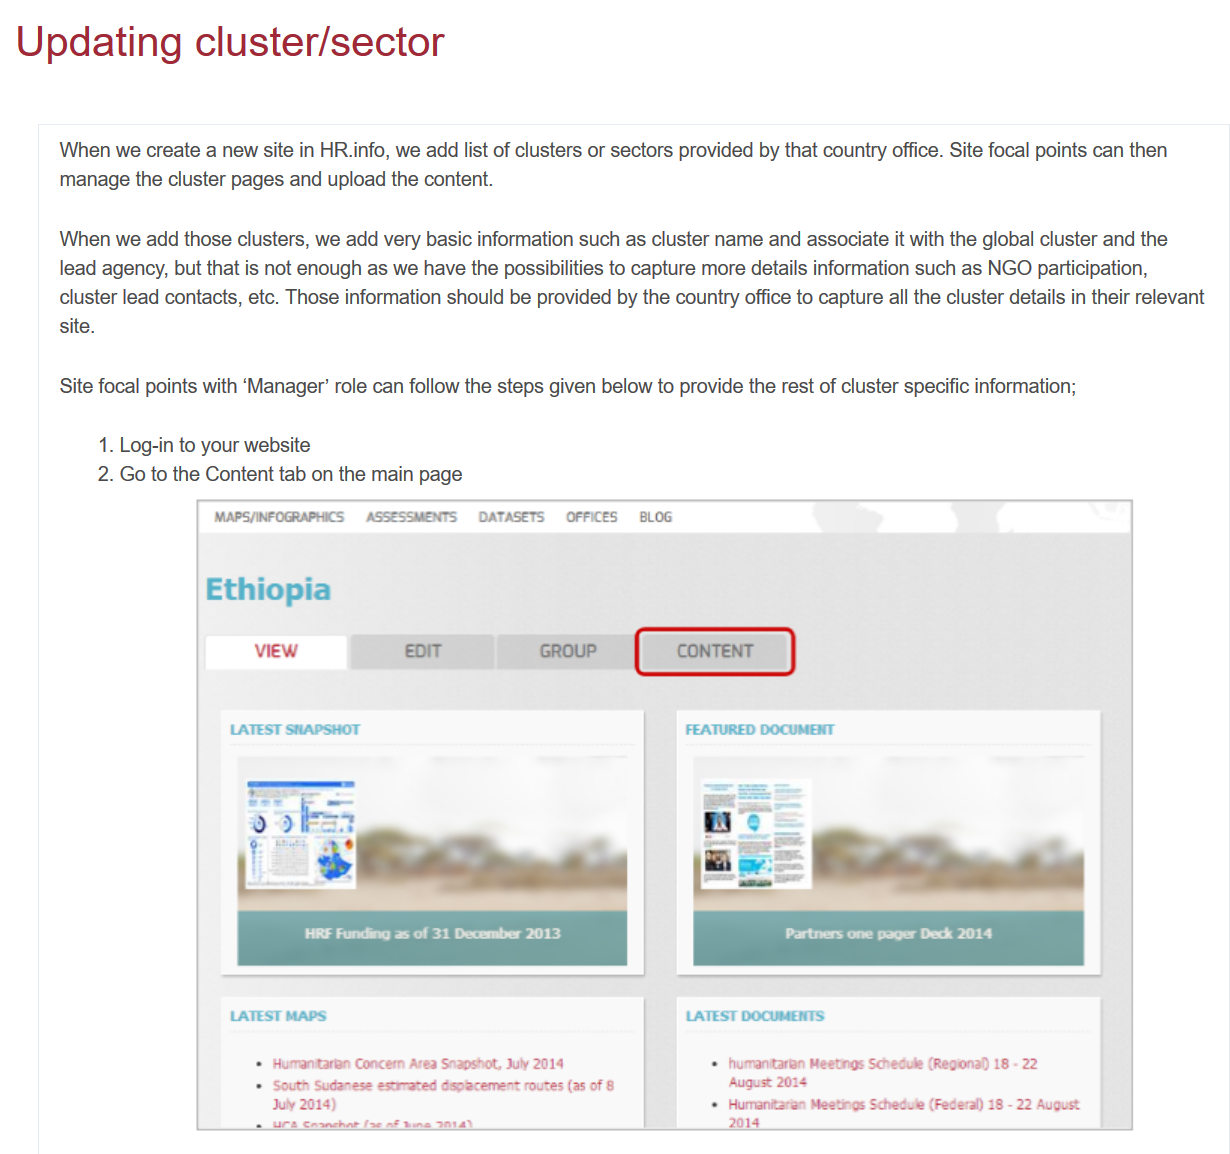
Updating    cluster/sector
     When we  create a new site in HR.info, we add list of clusters or sectors provided by that country office. Site focal points can then
     manage the cluster pages and upload the content.
     When we  add those clusters, we add very basic information such as cluster name and associate it with the global cluster and the
     lead agency, but that is not enough as we have the possibilities to capture more details information such as NGO participation,
     cluster lead contacts, etc. Those information should be provided by the country office to capture all the cluster details in their relevant
     site.
     Site focal points with ‘Manager’ role can follow the steps given below to provide the rest of cluster specific information;
     1. Log-in to your website
     2. Go to the Content tab on the main page
     MAPS/INFOGRAPHICS ASSESSMENTS DATASETS OFFICES BLOG
     Ethiopia
     wear
     LATEST SHAPSHOT    FEATURED DOCUMENT

     Dd    sR    wes    eee!

     LATEST MAPS    LATEST DOCUMENTS
     ‘* Humanitarlan Concem Area Snapshot, July 2014 + humanitaran Meetings Schedule (Regional) 18
     -
     22
     * South Sudanese estrrated dsplacement routes (as of 8 August 2014
     July 2014)    + Humanitaran Meetings Schedule (Federal) 18
     -
     22 August
     mee  Geese Ban al tae eee    2014